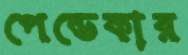
পেন্ডেকার